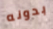
بدونه